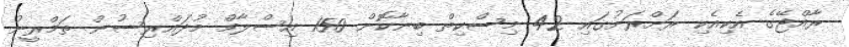
ރާއްޖޭގެ އެކިއެކި ރަށްރަށުގައި 42 މިސްކިތް ބިނާކޮށް 150 އިސްލާމް މުދައްރިސުން ތަމްރީނު